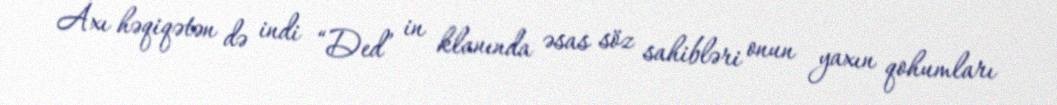
Axı həqiqətən də indi “Ded” in klanında əsas söz sahibləri onun yaxın qohumları